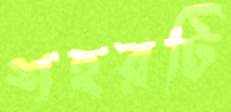
শহরটি